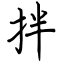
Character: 拌